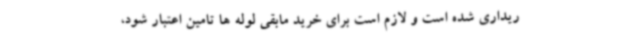
ریداری شده است و لازم است برای خرید مابقی لوله ها تامین اعتبار شود،